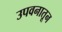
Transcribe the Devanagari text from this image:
उपवनातून